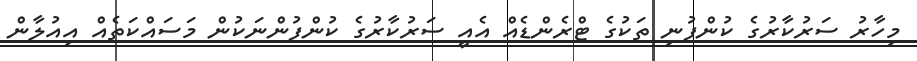
މިހާރު ސަރުކާރުގެ ކުންފުނި ތަކުގެ ޓްރެންޑެއް އެއީ ސަރުކާރުގެ ކުންފުންނަކުން މަސައްކަތެއް އިއުލާން